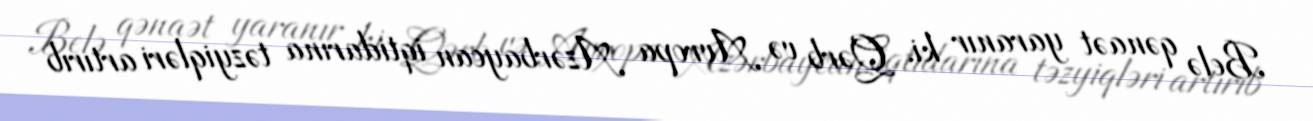
Belə qənaət yaranır ki, Qərb və Avropa Azərbaycan iqtidarına təzyiqləri artırıb